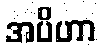
အပိဟာ